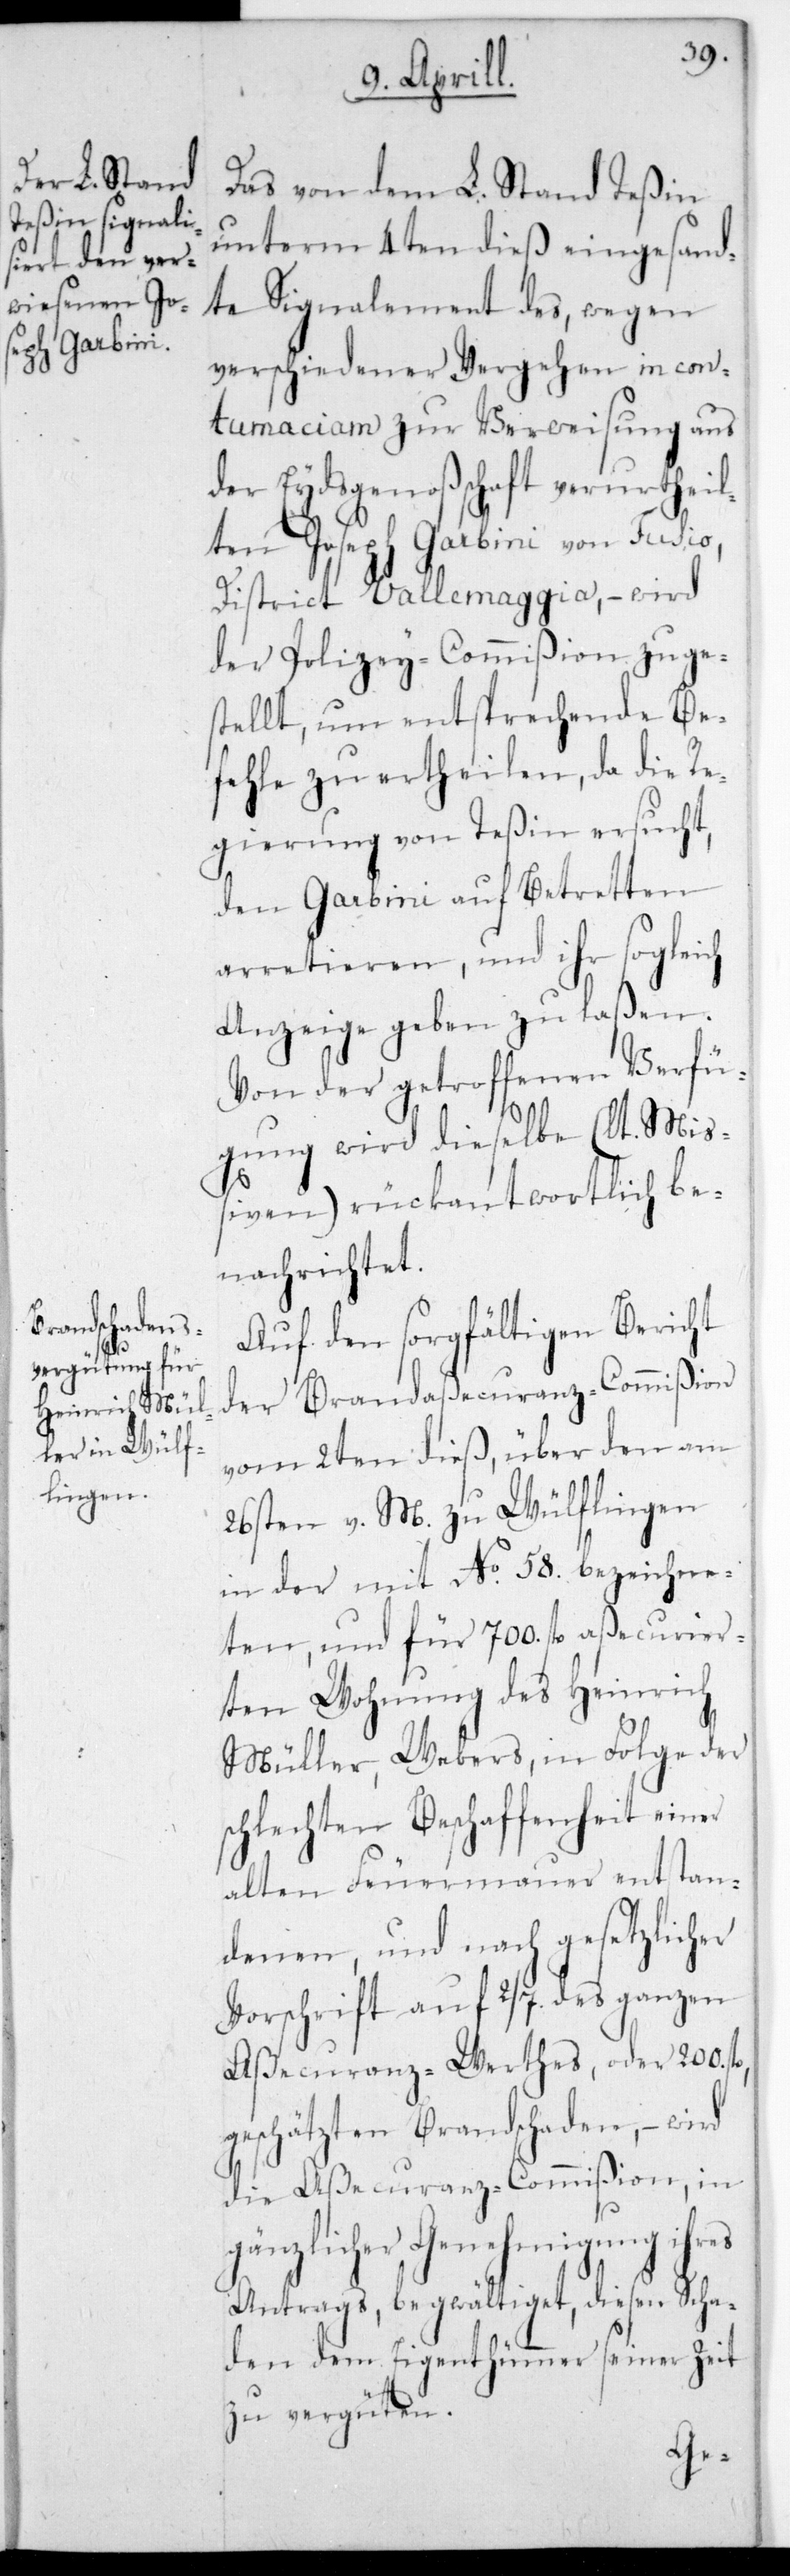
Das von dem L. Stand Teßin
unterm 4ten dieß eingesand¬
te Signalement des, wegen
verschiedener Vergehen in con¬
tumaciam zur Verweisung aus
der Eydsgenoßenschaft verurtheil¬
ten Joseph Garbini von Fusio,
District Vallemaggia, – wird
der Polizey-Commißion zuge¬
stellt, um entsprechende Be¬
fehle zu ertheilen, da die Re¬
gierung von Teßin ersucht,
den Garbini auf Betretten
arretieren, und ihr sogleich
Anzeige geben zu laßen.
Von der getroffenen Verfü¬
gung wird dieselbe (lt. Mi¬
ßiven) rückantwortlich be¬
nachrichtet.
Auf den sorgfältigen Bericht
der Brandaßecuranz-Commißion
vom 2ten dieß, über den am
26sten v. M. zu Wülflingen
in der mit No. 58. bezeichne¬
ten, und für 700. fl. aßecurier¬
ten Wohnung des Heinrich
Müller, Webers, in Folge der
schlechten Beschaffenheit einer
alten Feuermauer entstan¬
denen, und nach gesetzlicher
Vorschrift auf 2/7. des ganzen
Aßecuranz-Werthes, oder 200.
geschätzten Brandschaden, – wird
die Aßecuranz-Commißion, in
gänzlicher Genehmigung ihres
Antrags begwältiget, diesen Scha¬
den dem Eigenthümer seiner Zeit
zu vergüten.